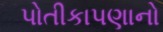
પોતીકાપણાનો